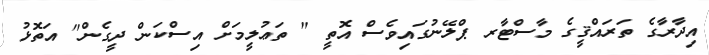
އިދާރާގެ ތަރައްޤީގެ މާސްޓާރ ޕްލޭނުގައިވެސް އޮތީ " ތަޢުލީމަށް އިސްކަން ދީގެން" އަތޮޅު